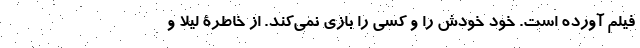
فیلم آورده است. خود خودش را و کسی را بازی نمی‌کند. از خاطرۀ لیلا و